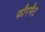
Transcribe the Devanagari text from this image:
फौरमैट